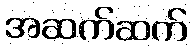
အဆက်ဆက်